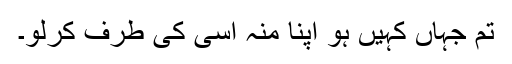
تم جہاں کہیں ہو اپنا منہ اسی کی طرف کرلو۔